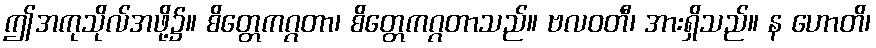
ဤအကုသိုလ်အဖို့၌။ စိတ္တေကဂ္ဂတာ၊ စိတ္တေကဂ္ဂတာသည်။ ဗလဝတီ၊ အားရှိသည်။ န ဟောတိ၊